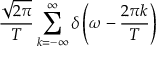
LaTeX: { \frac { \sqrt { 2 \pi } } { T } } \sum _ { k = - \infty } ^ { \infty } \delta \left( \omega - { \frac { 2 \pi k } { T } } \right)